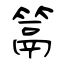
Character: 䈪